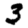
Digit: 3